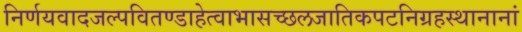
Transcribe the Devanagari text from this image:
निर्णयवादजल्पवितण्डाहेत्वाभासच्छलजातिकपटनिग्रहस्थानानां